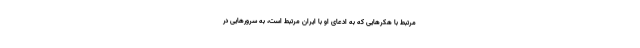
مرتبط با هکرهایی که به ادعای او با ایران مرتبط است، به سرورهایی در